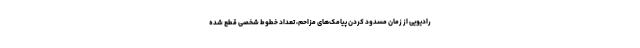
رادیویی از زمان مسدود کردن پیامک‌های مزاحم، تعداد خطوط شخصی قطع‌ شده